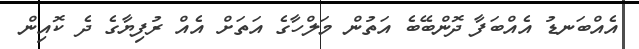
އެއްބަނޑު އެއްބަފާ ދޮންބޭބެ އަތުން މަލްހާގެ އަތަށް އެއް ރުފިޔާގެ ދެ ކޮއިން